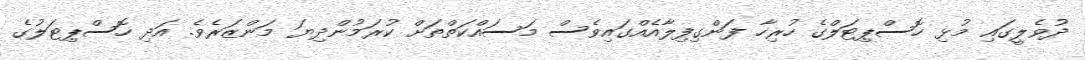
ދުވެލީގައި މުޅި ހޮސްޕިޓަލްގެ ހުރިހާ ފަންގިފިލާއެއްގައިވެސް މަސައްކަތްތަށް ކުރަމުންދިޔަ މަންޒަރެވެ. އަދި ހޮސްޕިޓަލުގެ